Lunatic asylums Central Provinces reports 1910-1926 - 1910-1926
Year: 1910
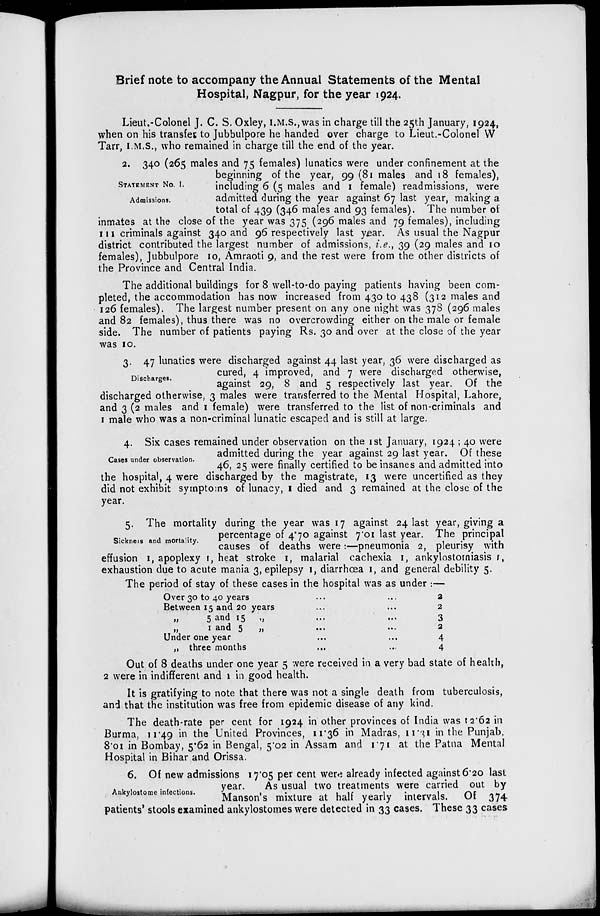
Brief note to accompany the Annual Statements of the Mental
Hospital, Nagpur, for the year 1924.
Lieut.-Colonel J. C. S. Oxley, I.M.S., was in charge till the 25th January, 1924,
when on his transfer to Jubbulpore he handed over charge to Lieut.-Colonel W
Tarr, I.M.S., who remained in charge till the end of the year.
STATEMENT No. I.
Admissions.
2. 340 (265 males and 75 females) lunatics were under confinement at the
beginning of the year, 99 (81 males and 18 females),
including 6 (5 males and 1 female) read missions, were
admitted during the year against 67 last year, making a
total of 439 (346 males and 93 females). The number of
inmates at the close of the year was 375 (296 males and 79 females), including
111 criminals against 340 and 96 respectively last year. As usual the Nagpur
district contributed the largest number of admissions, i.e., 39 (29 males and 10
females), Jubbulpore 10, Amraoti 9, and the rest were from the other districts of
the Province and Central India.
The additional buildings for 8 well-to-do paying patients having been com-
pleted, the accommodation has now increased from 430 to 438 (312 males and
126 females). The largest number present on any one night was 378 (296 males
and 82 females), thus there was no overcrowding either on the male or female
side. The number of patients paying Rs. 30 and over at the close of the year
was 10.
Discharges.
3. 47 lunatics were discharged against 44 last year, 36 were discharged as
cured, 4 improved, and 7 were discharged otherwise,
against 29, 8 and 5 respectively last year. Of the
discharged otherwise, 3 males were transferred to the Mental Hospital, Lahore,
and 3 (2 males and 1 female) were transferred to the list of non-criminals and
1 male who was a non-criminal lunatic escaped and is still at large.
Cases under observation.
4. Six cases remained under observation on the 1st January, 1924 ; 40 were
admitted during the year against 29 last year. Of these
46, 25 were finally certified to be insanes and admitted into
the hospital, 4 were discharged by the magistrate, 13 were uncertified as they
did not exhibit symptoms of lunacy, 1 died and 3 remained at the close of the
year.
Sickness and mortality.
5. The mortality during the year was 17 against 24 last year, giving a
percentage of 4.70 against 7.01 last year. The principal
causes of deaths were:—pneumonia 2, pleurisy with
effusion 1, apoplexy 1, heat stroke 1, malarial cachexia 1, ankylostomiasis 1,
exhaustion due to acute mania 3, epilepsy 1, diarrhœa 1, and general debility 5.
The period of stay of these cases in the hospital was as under :—
Over 30 to 40 years ... ...
Between 15 and 20 years ... ...
„
5 and 15 „ ... ...
„
1 and 5
„ ... ...
Under one year ... ...
„ three months
...
...
2
2
3
2
4
4
Out of 8 deaths under one year 5 were received in a very bad state of health,
2 were in indifferent and 1 in good health.
It is gratifying to note that there was not a single death from tuberculosis,
and that the institution was free from epidemic disease of any kind.
The death-rate per cent for 1924 in other provinces of India was 12.62 in
Burma, 11.49 in the United Provinces, 11.36 in Madras, 11.31 in the Punjab.
8.01 in Bombay, 5.62 in Bengal, 5.02 in Assam and 1.71 at the Patna Mental
Hospital in Bihar and Orissa.
Ankylostome infections.
6. Of new admissions 17.05 per cent were already infected against 6.20 last
year.
As usual two treatments were carried out by
Manson's mixture at half yearly intervals. Of 374
patients' stools examined ankylostomes were detected in 33 cases. These 33 cases